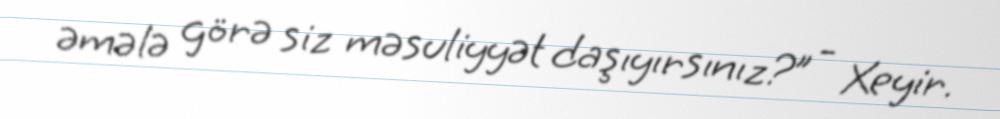
əmələ görə siz məsuliyyət daşıyırsınız?” - Xeyir.